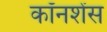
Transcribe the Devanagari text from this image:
कॉनशेंस